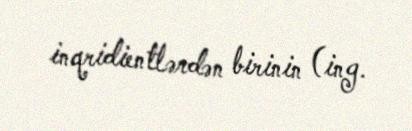
inqridientlərdən birinin (ing.